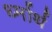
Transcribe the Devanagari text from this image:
र्ध्मार्थ